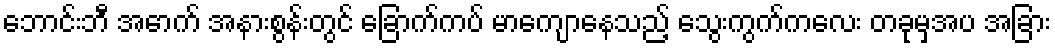
ဘောင်းဘီ အောက် အနားစွန်းတွင် ခြောက်ကပ် မာကျောနေသည့် သွေးကွက်ကလေး တခုမှအပ အခြား